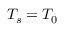
T _ { s } = T _ { 0 }